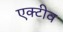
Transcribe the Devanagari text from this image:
एक्टीव